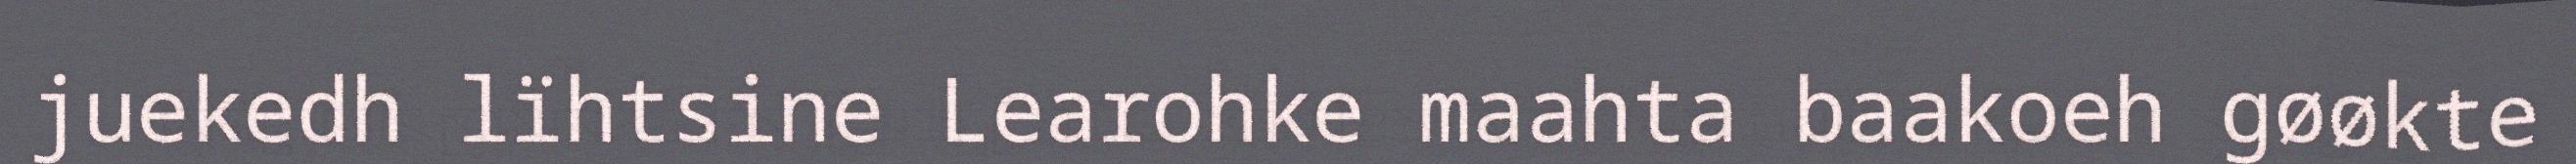
juekedh lïhtsine Learohke maahta baakoeh gøøkte